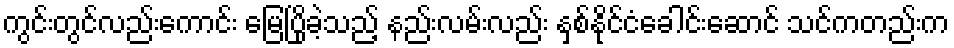
ကွင်းတွင်လည်းကောင်း မြေပြိုခဲ့သည့် နည်းလမ်းလည်း နှစ်နိုင်ငံခေါင်းဆောင် သင်ကတည်းက